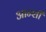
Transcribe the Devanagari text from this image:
आन्शी